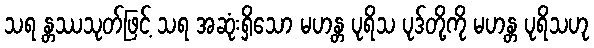
သရ န္တဿသုတ်ဖြင့် သရ အဆုံးရှိသော မဟန္တ ပုရိသ ပုဒ်တို့ကို မဟန္တ ပုရိသဟု